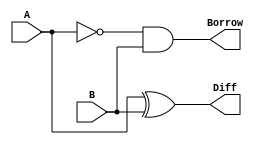
`timescale 1ns / 1ps
//////////////////////////////////////////////////////////////////////////////////
// Company: 
// Engineer: 
// 
// Design Name: 
// Module Name: Half_Subtractor
// Project Name: 
// Target Devices: 
// Tool Versions: 
// Description: 
// 
// Dependencies: 
// 
// Revision:
// Revision 0.01 - File Created
// Additional Comments:
// 
//////////////////////////////////////////////////////////////////////////////////


module Half_Subtractor(
    input A,
    input B,
    output Diff,
    output Borrow
    );
     assign Diff = A ^ B;
    assign Borrow = ~A & B;
endmodule